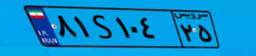
۷۹S۷۲۵۱۶